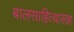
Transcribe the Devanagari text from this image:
बालसाहित्यासह